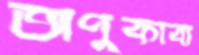
অণুকাব্য